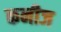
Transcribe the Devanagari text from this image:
कनीज